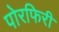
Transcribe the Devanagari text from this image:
पोरफिरी